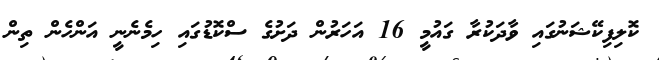
ކޮލިފިކޭޝަނުގައި ވާދަކުރާ ގައުމީ 16 އަހަރުން ދަށުގެ ސްކޮޑުގައި ހިމެނެނީ އަންހެން ތިން